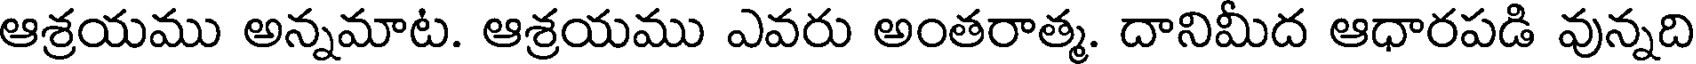
ఆశ్రయము అన్నమాట. ఆశ్రయము ఎవరు అంతరాత్మ. దానిమీద ఆధారపడి వున్నది